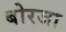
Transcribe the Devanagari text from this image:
बोरजा